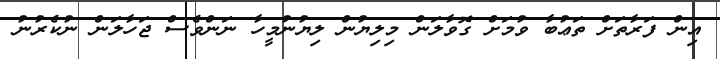
އިން ފަރާތަށް ތަޢުބާ ވުމަށް ގޮވާލަން މިލިޔުން ލިޔުނުމީހާ ނަންވެސް ޖަހާލަން ނުކެރުނު